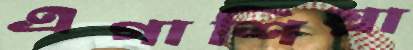
এগাশিয়া